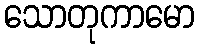
သောတုကာမော